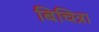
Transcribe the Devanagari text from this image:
बिचित्रा